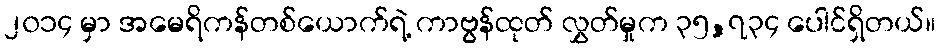
၂၀၁၄ မှာ အမေရိကန်တစ်ယောက်ရဲ့ ကာဗွန်ထုတ် လွှတ်မှုက ၃၅,၇၃၄ ပေါင်ရှိတယ်။